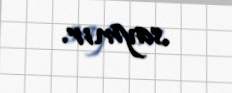
saymır.